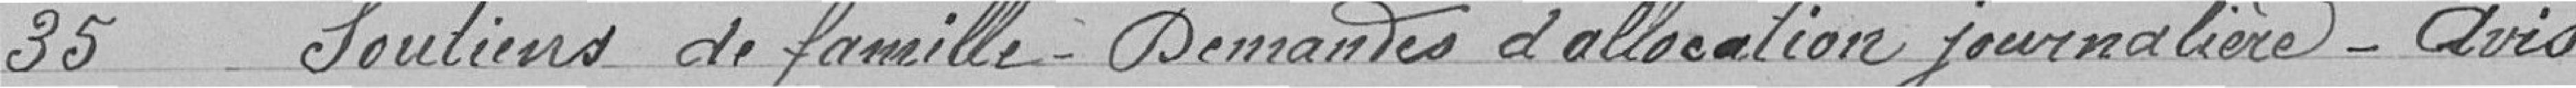
35 Soutiens de famille Demandes d'allocation journalière - Avis